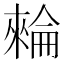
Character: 𣛌